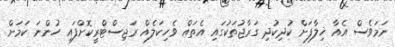
ނަމަވެސް އެއާ ޚިލާފަށް ކުދިކުދި ގަރާޖުތަކުގައި އެތައް ވެހިކަލެއް ރަޖިސްޓްރީކޮށްފައި ހުންނަ ކަމަށް